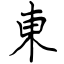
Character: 東